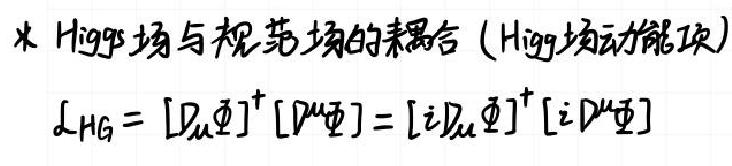
* Higgs场与规范场的耦合（Higgs场动能项）
$\mathcal{L}_{HG}=[D_{\mu}\Phi]^{+}[D^{\mu}\Phi]=[iD_{\mu}\Phi]^{+}[iD^{\mu}\Phi]$